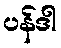
ပန်ဒါ